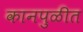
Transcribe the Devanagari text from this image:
कानपुळीत